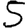
Digit: 5